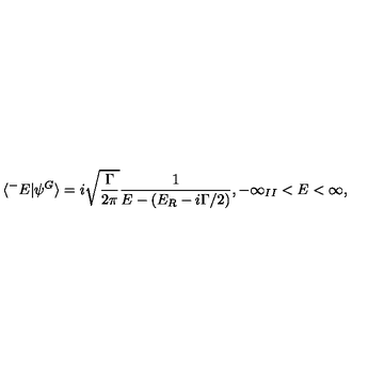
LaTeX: \langle ^ { - } E | \psi ^ { G } \rangle = i \sqrt { \frac { \Gamma } { 2 \pi } } \frac { 1 } { E - ( E _ { R } - i \Gamma / 2 ) } , - \infty _ { I I } < E < \infty ,